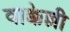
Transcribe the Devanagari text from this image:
वाक्केल्ली